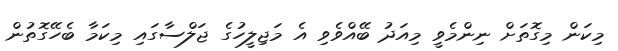
މިކަން މިގޮތަށް ނިންމެވީ މިއަދު ބޭއްވެވި އެ މަޖިލީހުގެ ޖަލްސާގައި މިކަމާ ބެހޭގޮތުން